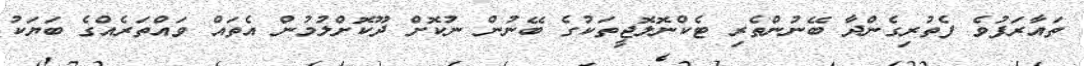
ތައާރަފުވެ ފެތުރިގެންދާ ބޭނުންތެރި ޓެކްނޮލޮޖީތަކުގެ ބޭނުން ނުކޮށް ދޫކޮށްލުމުން އެތައް ވައްތަރެއްގެ ބަޔަކު